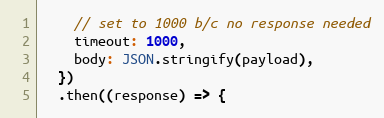
Language: JavaScript
    // set to 1000 b/c no response needed
    timeout: 1000,
    body: JSON.stringify(payload),
  })
  .then((response) => {